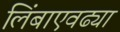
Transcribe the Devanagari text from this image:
लिंबाएवढ्या